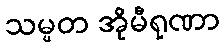
သမ္မတ အိုမီရုဏာ